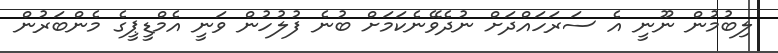
ލިބުމުން ނޫނީ އެ ސަރަހައްދަށް ނުދެވޭނެކަމަށް ބުނެ ފުލުހުން ވަނީ އެމްޑީޕީގެ މެންބަރުން